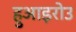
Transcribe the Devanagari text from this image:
हुआइरोउ